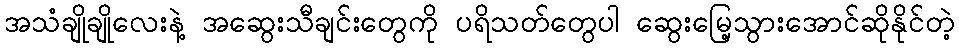
အသံချိုချိုလေးနဲ့ အဆွေးသီချင်းတွေကို ပရိသတ်တွေပါ ဆွေးမြေ့သွားအောင်ဆိုနိုင်တဲ့